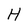
Character: H